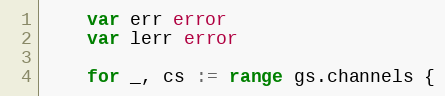
Language: Go
	var err error
	var lerr error

	for _, cs := range gs.channels {